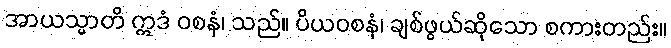
အာယသ္မာတိ ဣဒံ ဝစနံ၊ သည်။ ပိယဝစနံ၊ ချစ်ဖွယ်ဆိုသော စကားတည်း။